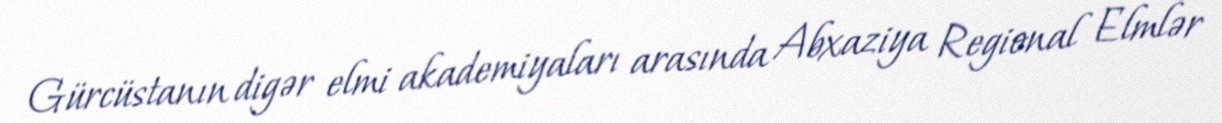
Gürcüstanın digər elmi akademiyaları arasında Abxaziya Regional Elmlər